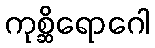
ကုစ္ဆိရောဂေါ